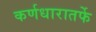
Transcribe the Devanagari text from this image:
कर्णधारातर्फे